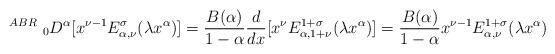
LaTeX: \begin{align*} ~^{ABR}~_{0}D^\alpha [x^{\nu-1}E^\sigma_{\alpha, \nu}(\lambda x^\alpha ) ]=\frac{B(\alpha)}{1-\alpha} \frac{d}{dx}[x^{\nu}E^{1+\sigma}_{\alpha, 1+\nu}(\lambda x^\alpha) ]=\frac{B(\alpha)}{1-\alpha}x^{\nu-1}E^{1+\sigma}_{\alpha, \nu}(\lambda x^\alpha)\end{align*}